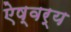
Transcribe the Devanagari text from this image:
ऐष्वर्य